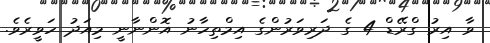
ވާ އިރު ގްރޭޑް 4 ގެ ދަރިވަރުންގެ އިމްތިހާނު އޮންނާނީ މިއަދު ހަވީރެވެ.